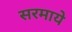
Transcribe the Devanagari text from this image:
सरमाये